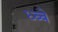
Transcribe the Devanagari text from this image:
ध्ब्बे